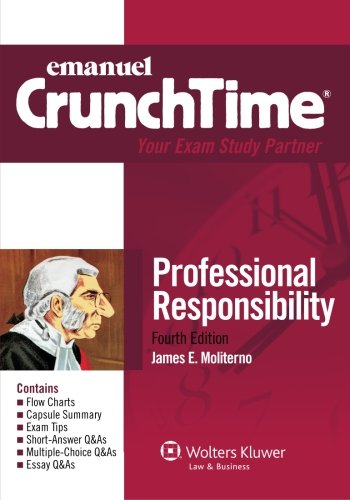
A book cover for CrunchTime: Professional Responsibility, Fourth Edition; James E. Moliterno; Law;